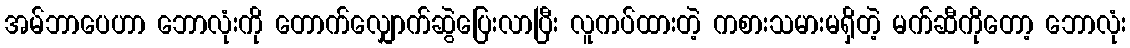
အမ်ဘာပေဟာ ဘောလုံးကို တောက်လျှောက်ဆွဲပြေးလာပြီး လူကပ်ထားတဲ့ ကစားသမားမရှိတဲ့ မက်ဆီကိုတော့ ဘောလုံး